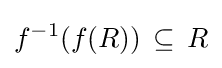
f^{-1}(f(R))\,\subseteq \,R